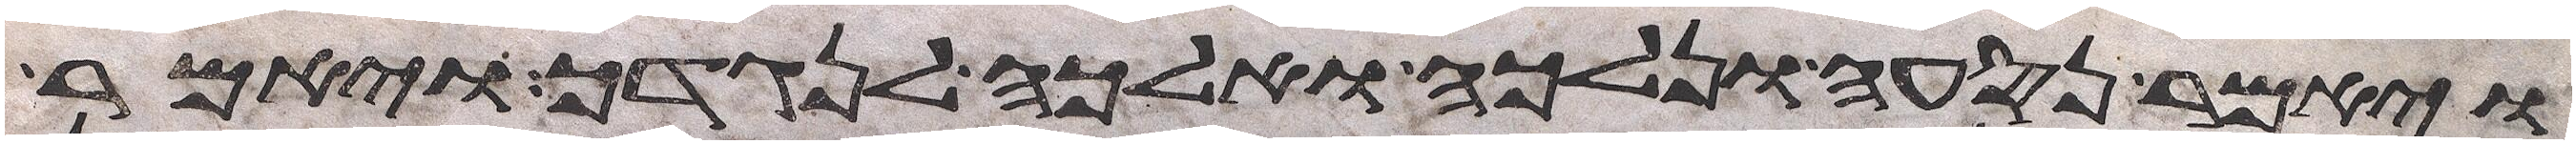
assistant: ויאמר נסעה ונלכה ואלכה לנגדך ויאמר